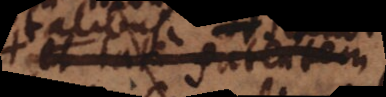
et late patentem